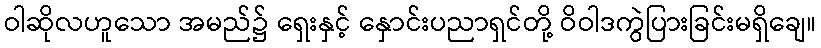
ဝါဆိုလဟူသော အမည်၌ ရှေးနှင့် နှောင်းပညာရှင်တို့ ဝိဝါဒကွဲပြားခြင်းမရှိချေ။